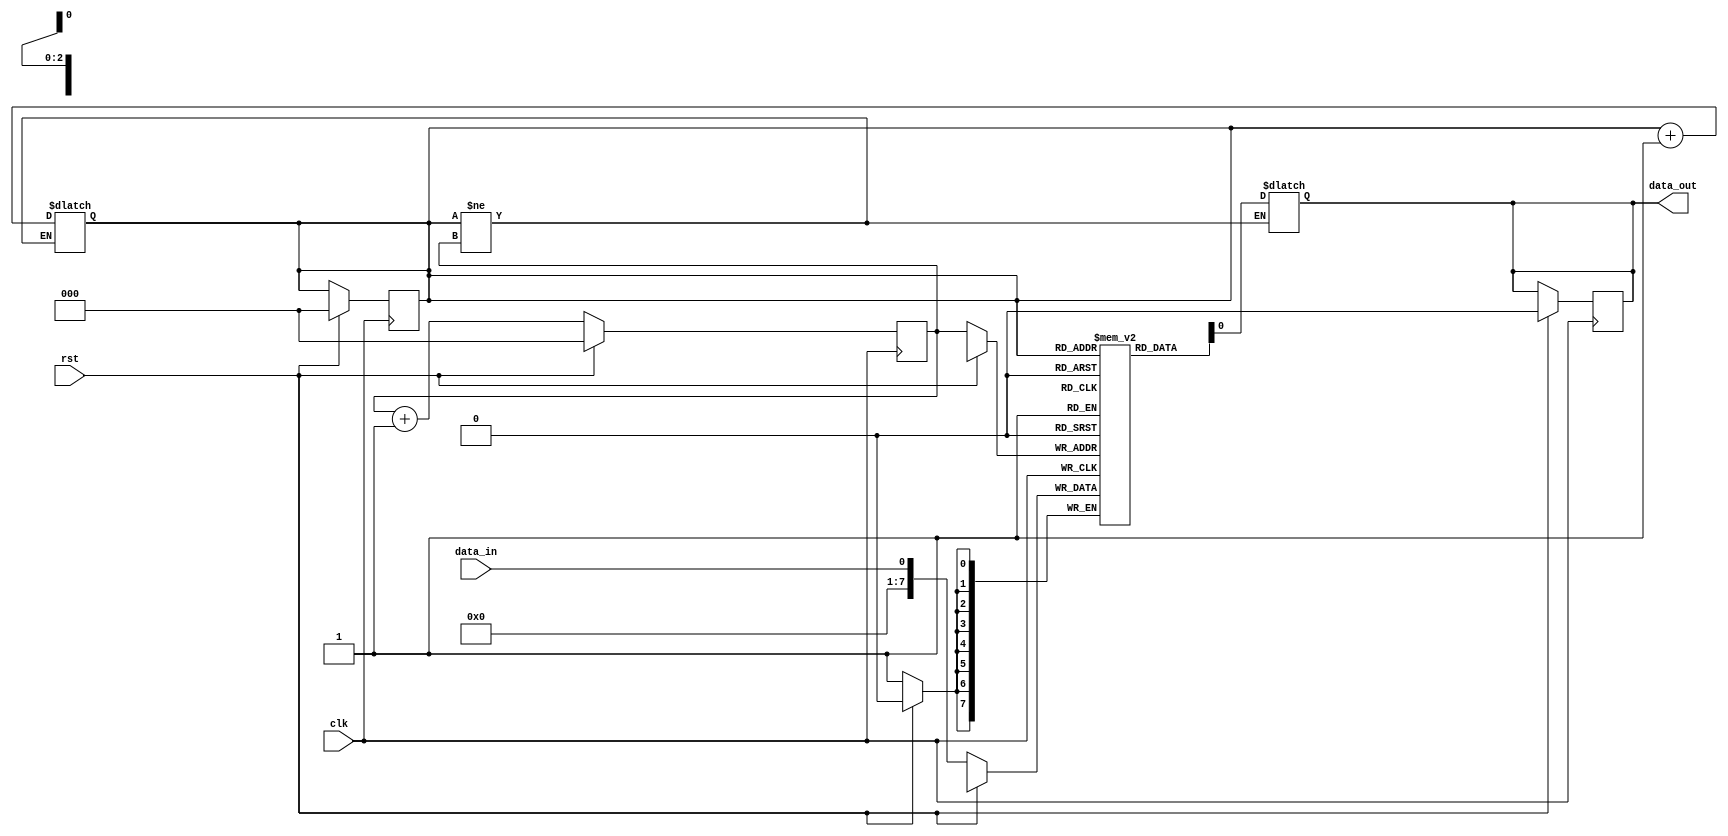
module edge_sensitive_fifo (
    input wire clk,    // Clock signal
    input wire rst,    // Reset signal
    input wire data_in,    // Input data signal
    output reg data_out    // Output data signal
);

reg [7:0] fifo [0:7];    // FIFO buffer with 8 entries
reg [2:0] read_ptr, write_ptr;    // Read and write pointers for FIFO buffer

// Synchronize input data to system clock domain
always @(posedge clk) begin
    if (rst) begin
        read_ptr <= 0;
        write_ptr <= 0;
        data_out <= 0;
    end else begin
        fifo[write_ptr] <= data_in;
        write_ptr <= write_ptr + 1;
    end
end

// FIFO read operation
always @(*) begin
    if (read_ptr != write_ptr) begin
        data_out <= fifo[read_ptr];
        read_ptr <= read_ptr + 1;
    end
end

endmodule